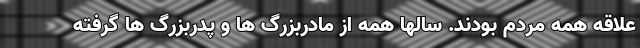
علاقه همه مردم بودند. سالها همه از مادربزرگ ها و پدربزرگ ها گرفته